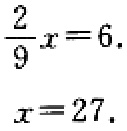
\[\frac{2}{9}x = 6.\]

\[x = 27.\]